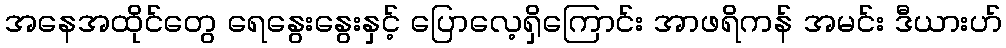
အနေအထိုင်တွေ ရေနွေးနွေးနှင့် ပြောလေ့ရှိကြောင်း အာဖရိကန် အမင်း ဒီယားဟ်